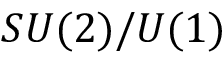
S U ( 2 ) / U ( 1 )